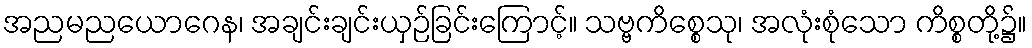
အညမညယောဂေန၊ အချင်းချင်းယှဉ်ခြင်းကြောင့်။ သဗ္ဗကိစ္စေသု၊ အလုံးစုံသော ကိစ္စတို့၌။